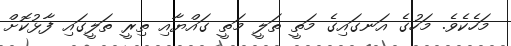
މަހެކެވެ. މަހުގެ އަނގައިގެ މަތީ ތަލީ މަތީ ގައްޔާއި ތިރީ ތަލީގައި ފާޅުކޮށް